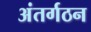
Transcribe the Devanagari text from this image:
अंतर्गठन